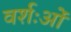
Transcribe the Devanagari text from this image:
वर्शःओं